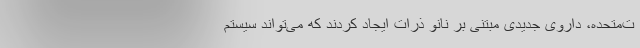
ت‌متحده، داروی جدیدی مبتنی بر نانو ذرات ایجاد کردند که می‌تواند سیستم